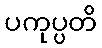
ပကုပ္ပတိ